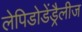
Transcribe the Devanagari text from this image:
लेपिडोडेंड्रैलीज